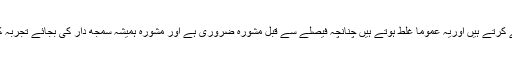
ہم جب بھی تنہا فیصلے کرتے ہیں ہم موڈز کے تابع فیصلے کرتے ہیں اوریہ عموماً غلط ہوتے ہیں چنانچہ فیصلے سے قبل مشورہ ضروری ہے اور مشورہ ہمیشہ سمجھ دار کی بجائے تجربہ کار شخص سے کرنا چاہیے‘ آپ کو کبھی نقصان نہیں ہوگا۔